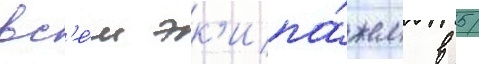
вс'е́м эк'ипа́жем в 5